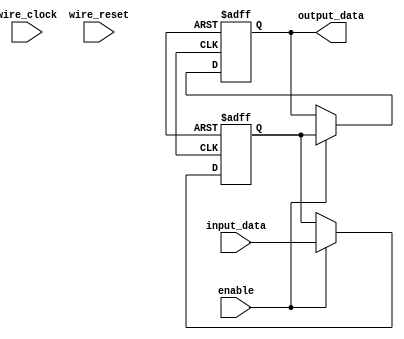
module bypass_register (
    input wire_clock,
    input wire_reset,
    input wire [3:0] input_data,
    input wire enable,
    output reg [3:0] output_data
);

reg [3:0] register [0:1];
reg [3:0] next_data;

always @(posedge clock or posedge reset) begin
    if (reset) begin
        register[0] <= 4'b0000;
        register[1] <= 4'b0000;
    end else if (enable) begin
        register[0] <= input_data;
        register[1] <= register[0];
    end
end

assign output_data = register[1];

endmodule